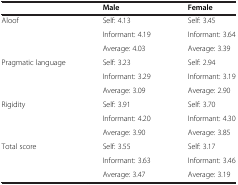
|  | Male | Female |
 | --- | --- | --- |
 | Aloof | Self: 4.13 | Self: 3.45 |
 |  | Informant: 4.19 | Informant: 3.64 |
 |  | Average: 4.03 | Average: 3.39 |
 | Pragmatic language | Self: 3.23 | Self: 2.94 |
 |  | Informant: 3.29 | Informant: 3.19 |
 |  | Average: 3.09 | Average: 2.90 |
 | Rigidity | Self: 3.91 | Self: 3.70 |
 |  | Informant: 4.20 | Informant: 4.30 |
 |  | Average: 3.90 | Average: 3.85 |
 | Total score | Self: 3.55 | Self: 3.17 |
 |  | Informant: 3.63 | Informant: 3.46 |
 |  | Average: 3.47 | Average: 3.19 |